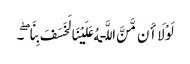
لَوْلَا أَن مَّنَّ اللَّـهُ عَلَیْنَا لَخَسَفَ بِنَا ۖ ۔